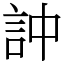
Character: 訲